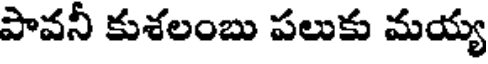
పావనీ కుశలంబు పలుకు మయ్య